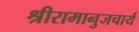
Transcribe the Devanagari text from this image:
श्रीरामानुजचार्य